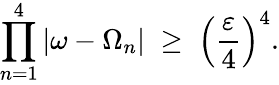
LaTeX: \prod_{n=1}^{4}|\omega-\Omega_{n}|\; \geq\; \left(\frac{\varepsilon}{4}\right)^{4}.